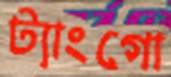
ট্যাংগো